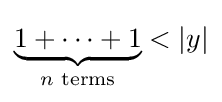
\underbrace {1+\cdots +1} _{n{\text{ terms}}}<\left|y\right|